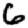
Digit: 6